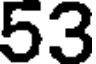
53